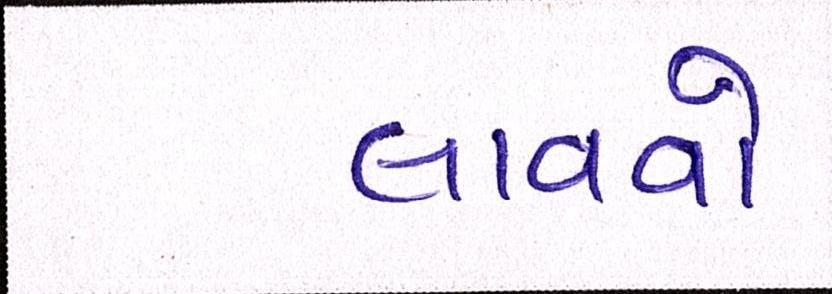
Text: લાવવો